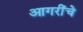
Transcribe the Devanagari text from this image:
आगरींचे